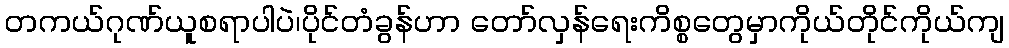
တကယ်ဂုဏ်ယူစရာပါပဲ၊ပိုင်တံခွန်ဟာ တော်လှန်ရေးကိစ္စတွေမှာကိုယ်တိုင်ကိုယ်ကျ